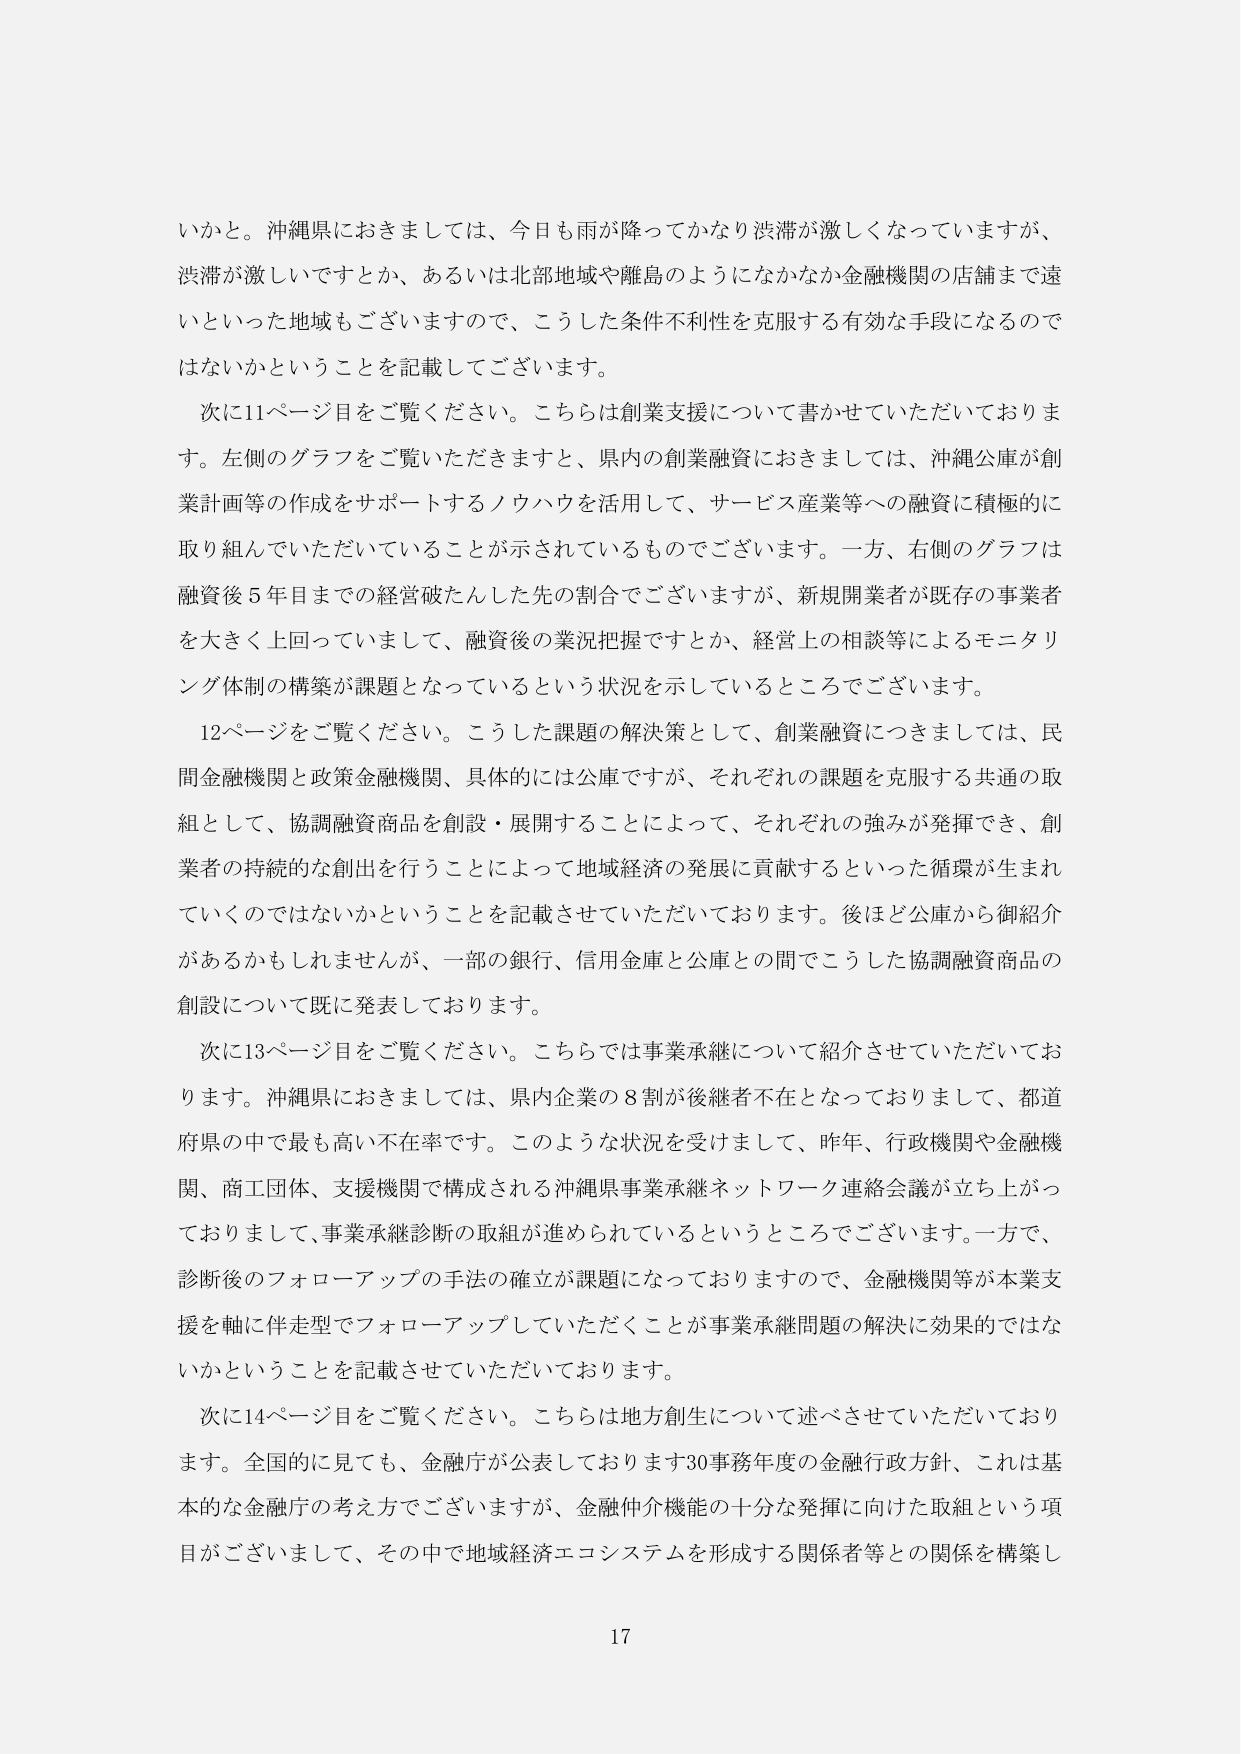
いかと。沖縄県におきましては、今日も雨が降ってかなり渋滞が激しくなっていますが、渋滞が激しいですとか、あるいは北部地域や離島のようになかなか金融機関の店舗まで遠いといった地域もございますので、こうした条件不利性を克服する有効な手段になるのではないかということを記載してございます。

次に11ページ目をご覧ください。こちらは創業支援について書かせていただいております。左側のグラフをご覧いただきますと、県内の創業融資におきましては、沖縄公庫が創業計画等の作成をサポートするノウハウを活用して、サービス産業等への融資に積極的に取り組んでいただいていることが示されているものでございます。一方、右側のグラフは融資後5年目までの経営破たんした先の割合でございますが、新規開業者が既存の事業者を大きく上回っていまして、融資後の業況把握ですとか、経営上の相談等によるモニタリング体制の構築が課題となっているという状況を示しているところでございます。

12ページをご覧ください。こうした課題の解決策として、創業融資につきましては、民間金融機関と政策金融機関、具体的には公庫ですが、それぞれの課題を克服する共通の取組として、協調融資商品を創設・展開することによって、それぞれの強みが発揮でき、創業者の持続的な創出を行うことによって地域経済の発展に貢献するといった循環が生まれていくのではないかということを記載させていただいております。後ほど公庫から御紹介があるかもしれませんが、一部の銀行、信用金庫と公庫との間でこうした協調融資商品の創設について既に発表しております。

次に13ページ目をご覧ください。こちらでは事業承継について紹介させていただいております。沖縄県におきましては、県内企業の8割が後継者不在となっておりまして、都道府県の中で最も高い不在率です。このような状況を受けまして、昨年、行政機関や金融機関、商工団体、支援機関で構成される沖縄県事業承継ネットワーク連絡会議が立ち上がっておりまして、事業承継診断の取組が進められているというところでございます。一方で、診断後のフォローアップの手法の確立が課題になっておりますので、金融機関等が本業支援を軸に伴走型でフォローアップしていただくことが事業承継問題の解決に効果的ではないかということを記載させていただいております。

次に14ページ目をご覧ください。こちらは地方創生について述べさせていただいております。全国的に見ても、金融庁が公表しております30事務年度の金融行政方針、これは基本的な金融庁の考え方でございますが、金融仲介機能の十分な発揮に向けた取組という項目がございまして、その中で地域経済エコシステムを形成する関係者等との関係を構築し

17